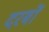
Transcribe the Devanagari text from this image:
दरबों